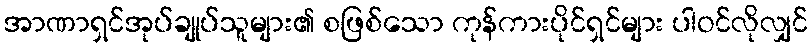
အာဏာရှင်အုပ်ချုပ်သူများ၏ စဖြစ်သော ကုန်ကားပိုင်ရှင်များ ပါဝင်လိုလျှင်